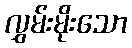
လွှမ်းမိုးသော